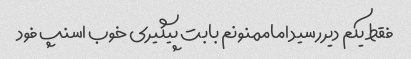
فقط یکم دیررسید اماممنونم بابت پیگیری خوب اسنپ فود